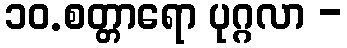
၁၀.စတ္တာရော ပုဂ္ဂလာ -